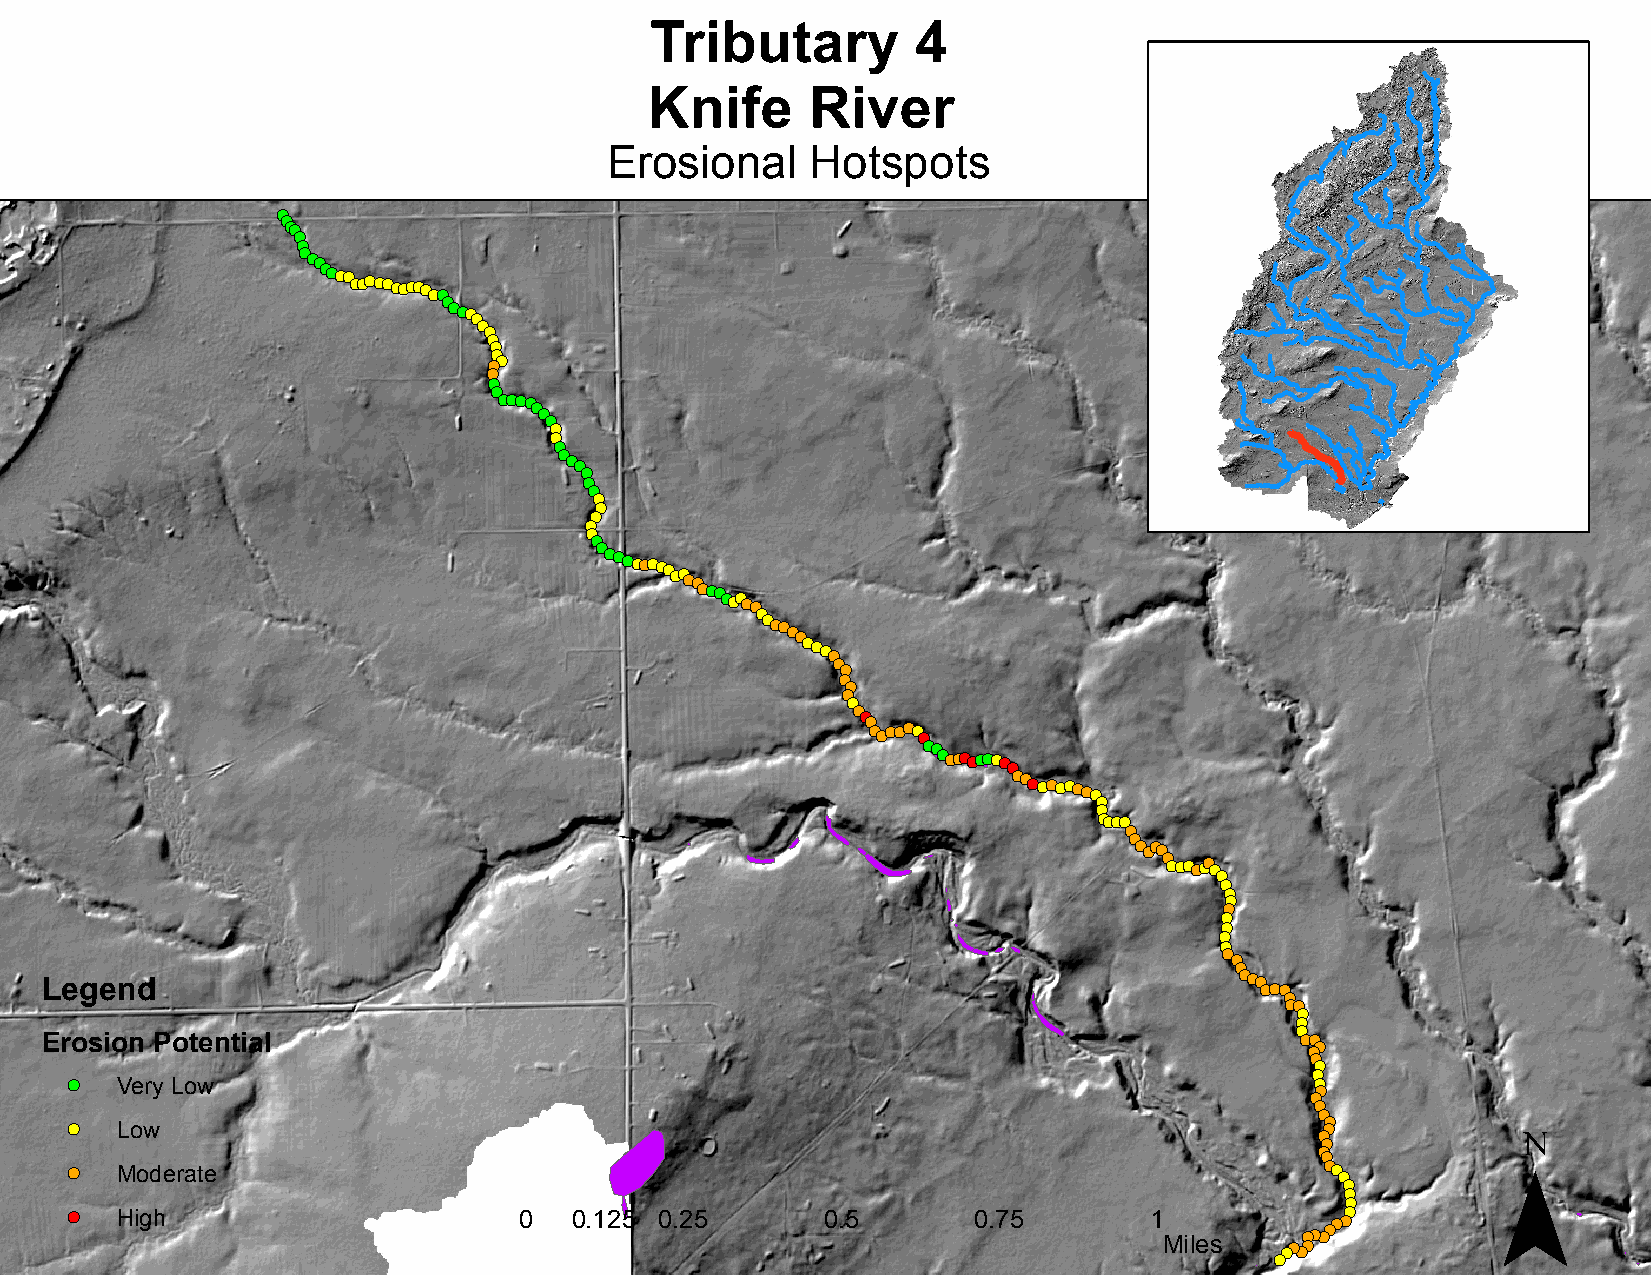
Tributary         4
 Knife      River
 Erosional     Hotspots
 !(
 !(
 !(!(
 !(
 !(
 !(!(!(
 !(!(!(!(
 !(!(!(!(!(!(!(!(!(!(!(!(
 !(
 !(!(!(!(
 !(!(
 !(
 !(
 !(!(!(
 !(
 !(
 !(
 !(!(!(!(!(!(
 !(
 !(
 !(
 !(
 !(!(!(
 !(
 !(
 !(
 !(
 !(
 !(
 !(
 !(
 !(
 !(!(!(!(!(!(!(!(!(!(!(!(!(
 !(!(!(!(!(!(
 !(!(
 !(
 !(!(!(!(!(!(!(!(!(
 !(!(
 !(
 !(
 !(
 !(
 !(!(!(
 !(!(!(!(!(!(
 !(
 !(!(
 !(!(!(!(!(!(!(!(!(!(
 !(!(!(!(!(!(!(!(!(!(
 !(
 !(
 !(!(!(!(
 !(
 !(
 !(!(!(!(
 !( !(!(!(!(!(!(
 !(!(
 !(
 !(
 !(
 !(
 !(
 !(
 !(
 !(
 !(!(
 !(
 !(!(!(
 Legend                                                                          !(!(!(
 !(
 !(!(
 !(
 !(
 !(
 Erosion Potential                                                                  !( !(!( !(
 !(
 !(
 !(
 !( Very Low                                                                       !( !(
 !( !(       ¯
 !(
 !( Low                                                                            !(!(!(
 !(
 !(!(
 !( Moderate
 !(!(
 !(
 !(
 !(
 !(
 !( High                      0   0.125 0.25       0.5      0.75        1
 Mile s
 !(!(!(!(
 !(!(!(!(!(!(!(
 !(